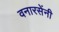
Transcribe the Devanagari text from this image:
वनारसेंनी